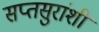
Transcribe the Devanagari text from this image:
सप्तसुरांशी